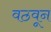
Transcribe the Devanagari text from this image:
वठवून